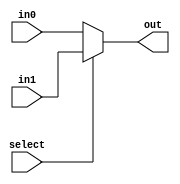
module mux_2_1 (out, select, in0, in1);
	input select;
	input  in0, in1;
	output  out;
	assign out = select ? in1 : in0;
endmodule  

module mux_4_1 (out, select, in0, in1, in2, in3);
	input [1:0] select;
	input  in0, in1, in2, in3;
	output  out;
	wire  w1, w2;

	mux_2_1 first_top(w1, select[0], in0, in1);
	mux_2_1 first_bottom(w2, select[0], in2, in3);
	mux_2_1 second(out, select[1], w1, w2);
endmodule

module mux_8_1 (out, select, in0, in1, in2, in3, in4, in5, in6, in7);
	input [2:0] select;
	input  in0, in1, in2, in3, in4, in5, in6, in7;
	output  out;
	wire  w1, w2;

	mux_4_1 first_top(w1, select[1:0], in0, in1, in2, in3);
	mux_4_1 first_bottom(w2, select[1:0], in4, in5, in6, in7);
	mux_2_1 second(out, select[2], w1, w2);
endmodule

module mux_16_1(out, select, in0, in1, in2, in3, in4, in5, in6, in7, in8, in9, in10, in11, in12, in13, in14, in15);
	input [3:0] select;
	input  in0, in1, in2, in3, in4, in5, in6, in7, in8, in9, in10, in11, in12, in13, in14, in15;
	output  out;
	wire  w1, w2;

	mux_8_1 first_top(w1, select[2:0], in0, in1, in2, in3, in4, in5, in6, in7);
	mux_8_1 first_bottom(w2, select[2:0], in8, in9, in10, in11, in12, in13, in14, in15);
	mux_2_1 second(out, select[3], w1, w2);
endmodule

module mux_32_1(out, select, in0, in1, in2, in3, in4, in5, in6, in7, in8, in9, in10, in11, in12, in13, in14, in15, in16, in17, in18, in19, in20, in21, in22, in23, in24, in25, in26, in27, in28, in29, in30, in31);
	input [4:0] select;
	input  in0, in1, in2, in3, in4, in5, in6, in7, in8, in9, in10, in11, in12, in13, in14, in15, in16, in17, in18, in19, in20, in21, in22, in23, in24, in25, in26, in27, in28, in29, in30, in31;
	output  out;
	wire  w1, w2;

	mux_16_1 first_top(w1, select[3:0], in0, in1, in2, in3, in4, in5, in6, in7, in8, in9, in10, in11, in12, in13, in14, in15);
	mux_16_1 first_bottom(w2, select[3:0], in16, in17, in18, in19, in20, in21, in22, in23, in24, in25, in26, in27, in28, in29, in30, in31);
	mux_2_1 second(out, select[4], w1, w2);
endmodule